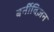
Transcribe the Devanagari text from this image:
बर्नीविज़न